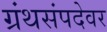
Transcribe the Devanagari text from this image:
ग्रंथसंपदेवर